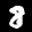
Label: 8